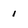
Character: 1